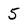
Character: 5